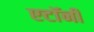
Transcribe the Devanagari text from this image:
एटाॅर्नी